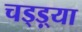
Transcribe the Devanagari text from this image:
चड्ड़्या